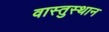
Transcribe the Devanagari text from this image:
वास्तुस्थान